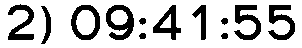
2) 09:41:55